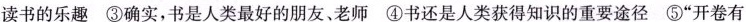
读书的乐趣 ③确实，书是人类最好的朋友、老师 ④书还是人类获得知识的重要途径 ⑤”开卷有